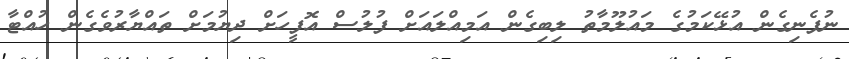
ނުފެނިގެން އުޅޭކަމުގެ މައުލޫމާތު ލިބިގެން އަމިއްލައަށް ފުލުސް އޮފީހަށް ދިޔުމަށް ތައްޔާރުވެގެން ހުއްޓާ